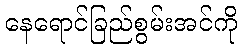
နေရောင်ခြည်စွမ်းအင်ကို